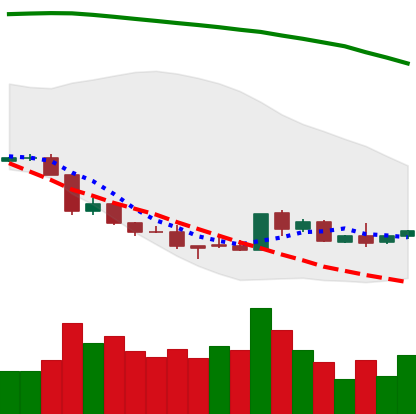
Ticker: EOS-USD
Chart end date: 2018-08-24
Forward return: 21.233%
Label: up_7plus